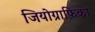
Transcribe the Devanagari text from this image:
जियोग्राफ़िका